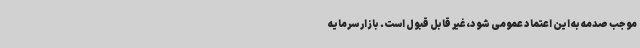
موجب صدمه به این اعتماد عمومی شود، غیر قابل قبول است. بازار سرمایه